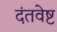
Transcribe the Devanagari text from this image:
दंतवेष्ट